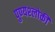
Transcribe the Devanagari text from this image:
पुण्‍यश्‍लोकी